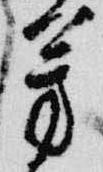
芳